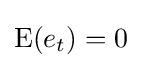
\mathrm {E} (e_{t})=0